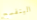
البنفسج